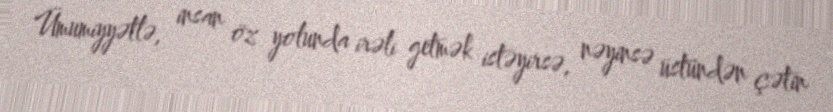
Ümumiyyətlə, insan öz yolunda irəli getmək istəyirsə, nəyinsə üstündən çətin